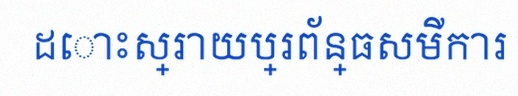
ដោះស្រាយប្រព័ន្ធសមីការ